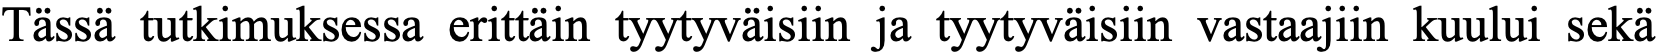
Tässä tutkimuksessa erittäin tyytyväisiin ja tyytyväisiin vastaajiin kuului sekä